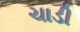
ચાડી